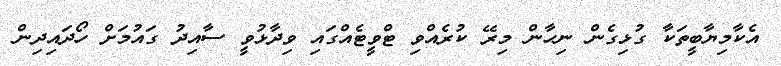
އެކާމިޔާބީތަކާ ގުޅިގެން ނިހާން މިރޭ ކުރެއްވި ޓްވީޓެއްގައި ވިދާޅުވީ ސާއިދު ގައުމަށް ހޯދައިދިން